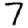
Digit: 7